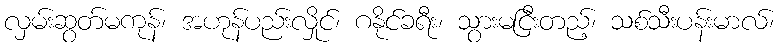
လှမ်းဆွတ်မကုန်၊ အဟုန်ပည်းလှိုင်၊ ဂနိုင်ခရီး၊ သွားမငြီးတည့်၊ သစ်သီးပန်းမာလ်၊